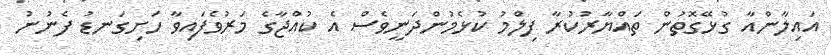
އައިލާންއާ ގުޅޭގޮތުން ތައްޔާރުކުރާ ފިލްމު ކުޅެމުންދަނީވެސް އެ ކުއްޖާގެ މަރުވެފައިވާ ހަށިގަނޑު ފެނުނު